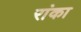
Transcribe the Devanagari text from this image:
रांका